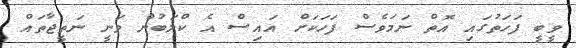
ވީބީ ފަހަތުގައި އޮތް ނަމަވެސް ފަހަކަށް އައިސް އެ ކްލަބުން ވަނީ ނަތީޖާތައް